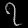
Digit: ၇